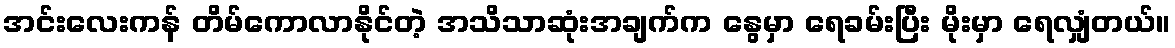
အင်းလေးကန် တိမ်ကောလာနိုင်တဲ့ အသိသာဆုံးအချက်က နွေမှာ ရေခမ်းပြီး မိုးမှာ ရေလျှံတယ်။